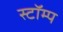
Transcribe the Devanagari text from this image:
स्टॉम्प